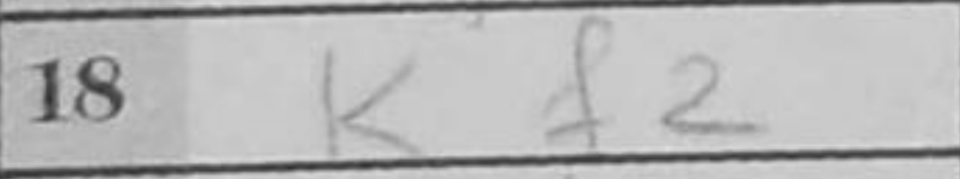
Transcription: Kf2